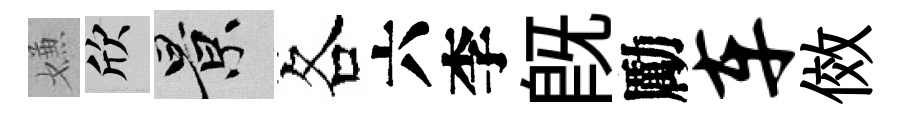
嫌欣景各六李旣勵车傚